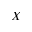
X